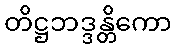
တိဋ္ဌဘဒ္ဒန္တိကော